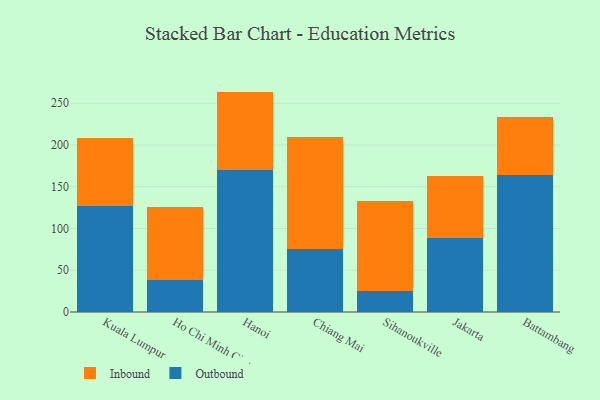
{"axis": {"x": "City", "y": "Conversion Rate (%)"}, "legend": ["Inbound", "Outbound"], "data": [{"x": "Kuala Lumpur", "y": 127.3, "type": "Outbound"}, {"x": "Kuala Lumpur", "y": 81.4, "type": "Inbound"}, {"x": "Ho Chi Minh City", "y": 38.6, "type": "Outbound"}, {"x": "Ho Chi Minh City", "y": 87.3, "type": "Inbound"}, {"x": "Hanoi", "y": 170.3, "type": "Outbound"}, {"x": "Hanoi", "y": 93.7, "type": "Inbound"}, {"x": "Chiang Mai", "y": 75.2, "type": "Outbound"}, {"x": "Chiang Mai", "y": 134.5, "type": "Inbound"}, {"x": "Sihanoukville", "y": 25.1, "type": "Outbound"}, {"x": "Sihanoukville", "y": 107.7, "type": "Inbound"}, {"x": "Jakarta", "y": 89.0, "type": "Outbound"}, {"x": "Jakarta", "y": 74.2, "type": "Inbound"}, {"x": "Battambang", "y": 164.6, "type": "Outbound"}, {"x": "Battambang", "y": 68.7, "type": "Inbound"}]}